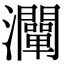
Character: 灛